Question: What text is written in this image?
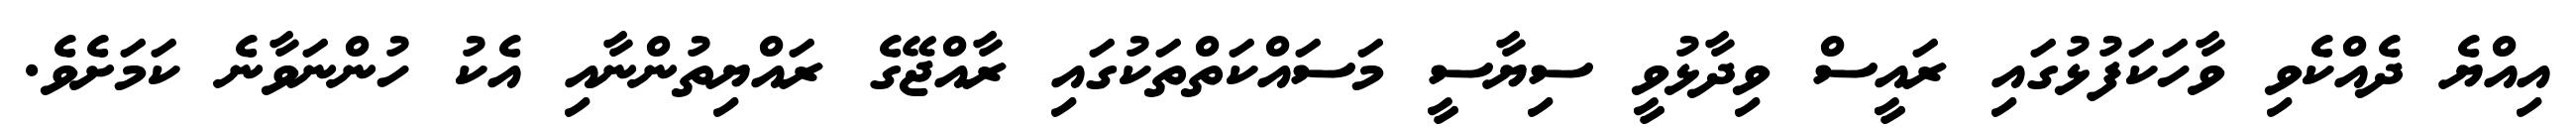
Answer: އިއްޔެ ދެއްކެވި ވާހަކަފުޅުގައި ރައީސް ވިދާޅުވީ ސިޔާސީ މަސައްކަތްތަކުގައި ރާއްޖޭގެ ރައްޔިތުންނާއި އެކު ހުންނަވާނެ ކަމަށެވެ.